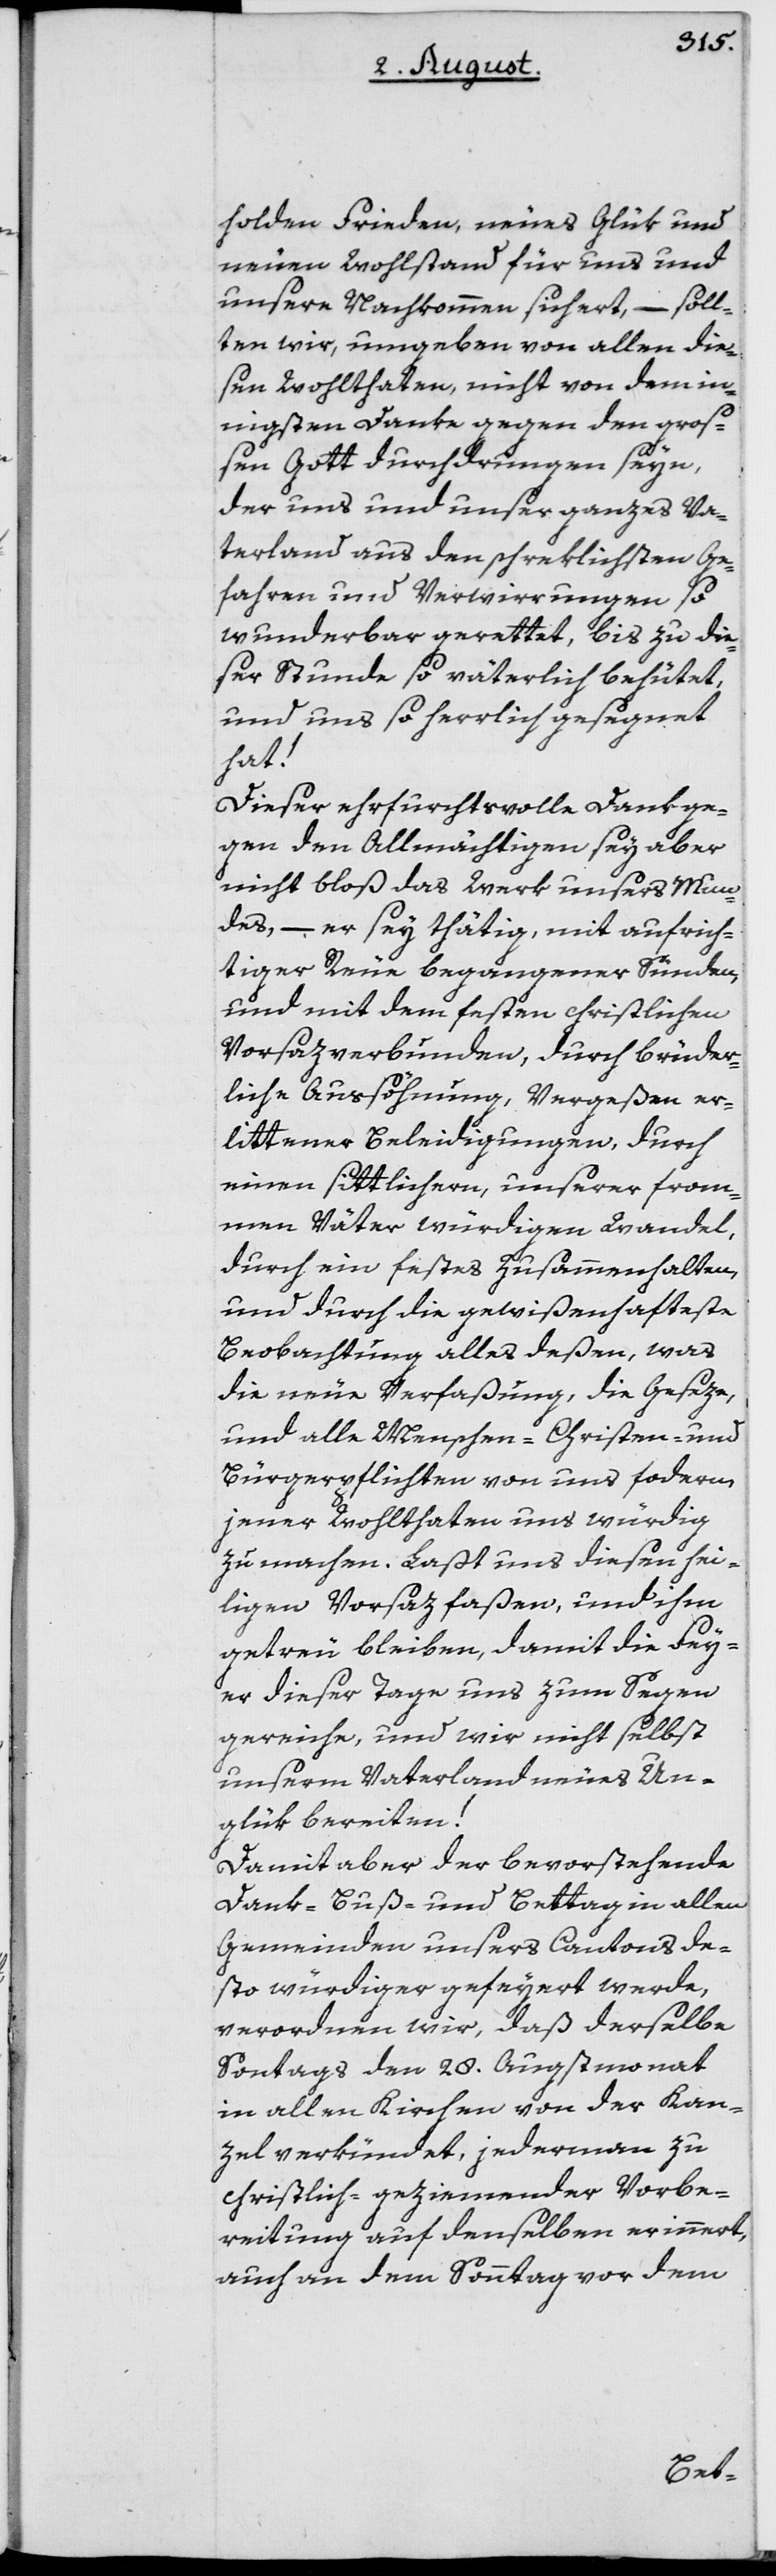
holden Frieden, neues Glük und
neuen Wohlstand für uns und
unsrere Nachkommen sichert, – soll¬
ten wir, umgeben von allen die¬
sen Wohlthaten, nicht von dem inn¬
igsten Danke gegen den groß¬
en Gott durchdrungen seyn,
der uns und unser ganzes Va¬
terland aus den schreklichsten Ge¬
fahren und Verwirrungen so
wunderbar gerettet, bis zu die¬
ser Stunde so väterlich behütet,
und uns so herrlich gesegnet
hat!
Dieser ehrfurchtsvolle Dank ge¬
gen den Allmächtigen sey aber
nicht bloß das Werk unsers Mun¬
des, – er sei thätig, mit aufrich¬
tiger Reue begangener Sünden,
und mit dem festen christlichen
Vorsaz verbunden, durch brüder¬
liche Aussöhnung, Vergeßen er¬
littener Beleidigungen, durch
neuen sittlichern, unserer from¬
men Väter würdigen Wandel,
durch ein festes Zusammenhalten,
und durch die gewißenhafteste
Beobachtung alles deßen, was
die neue Verfaßung, die Geseze,
und alle Menschen- Christen- und
Bürgerpflichten von uns fordern,
jener Wohlthaten uns würdig
zu machen. Laßt uns diesen hei¬
ligen Vorsatz faßen, und ihm
getreu bleiben, damit die Fey¬
er dieser Tage uns zum Segen
gereiche, und wir nicht selbst
unserm Vaterland neues Un¬
glük bereiten!
Damit aber der bevorstehende
Dank- Buß- und Bettag in allen
Gemeinden unsers Cantons de¬
sto würdiger gefeyert werde,
verordnen wir, daß derselbe
Sontags den 28. Augustmonat
in allen Kirchen von der Kan¬
zel verkündet, jederman zu
christlich-geziemender Vorbe¬
reitung auf denselben erinnert,
auch an dem Sonntag vor dem